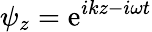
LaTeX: \psi_{z}=\mathrm{e}^{ikz-i\omega t}